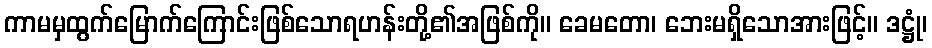
ကာမမှထွက်မြောက်ကြောင်းဖြစ်သောရဟန်းတို့၏အဖြစ်ကို။ ခေမတော၊ ဘေးမရှိသောအားဖြင့်။ ဒဋ္ဌုံ၊